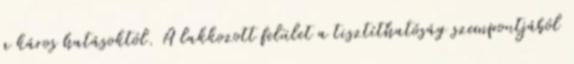
a káros hatásoktól. A lakkozott felület a tisztíthatóság szempontjából